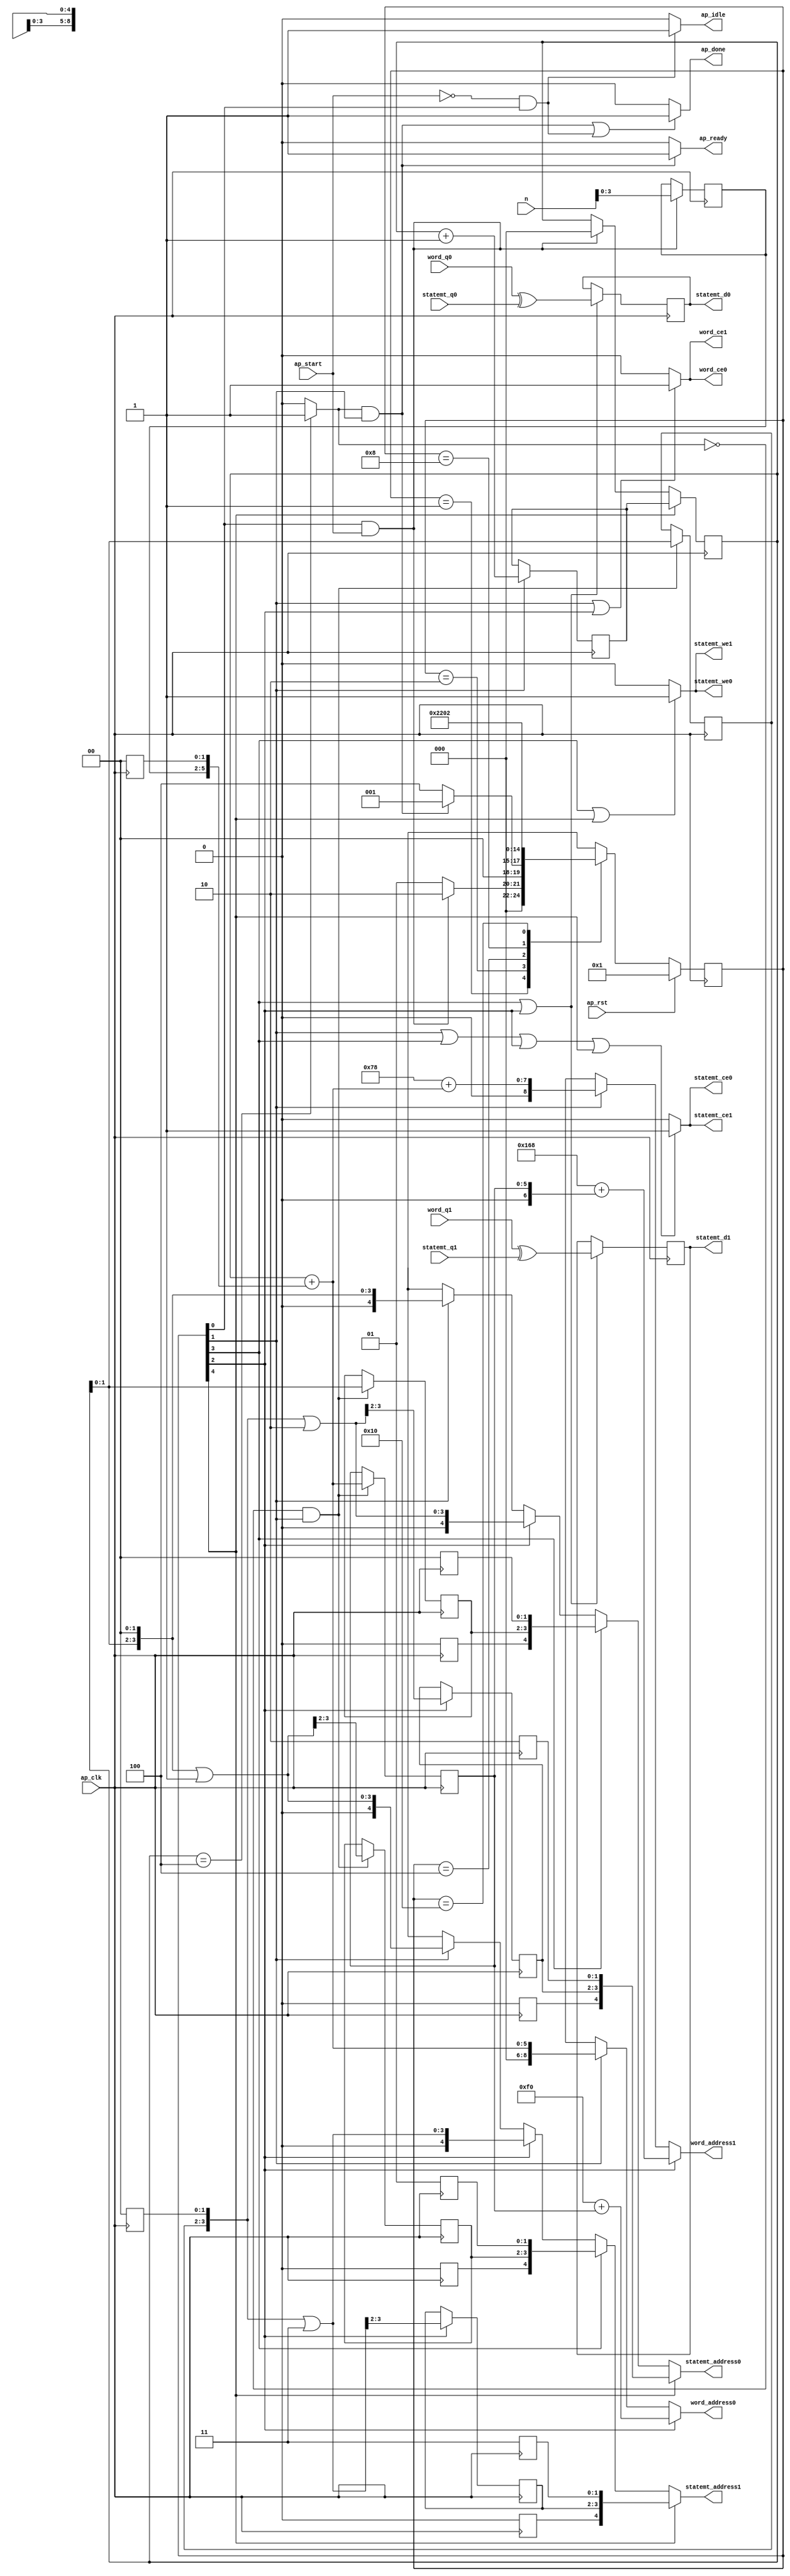
// ==============================================================
// RTL generated by Vivado(TM) HLS - High-Level Synthesis from C, C++ and SystemC
// Version: 2018.3
// Copyright (C) 1986-2018 Xilinx, Inc. All Rights Reserved.
// 
// ===========================================================

`timescale 1 ns / 1 ps 

module AddRoundKey (
        ap_clk,
        ap_rst,
        ap_start,
        ap_done,
        ap_idle,
        ap_ready,
        statemt_address0,
        statemt_ce0,
        statemt_we0,
        statemt_d0,
        statemt_q0,
        statemt_address1,
        statemt_ce1,
        statemt_we1,
        statemt_d1,
        statemt_q1,
        n,
        word_address0,
        word_ce0,
        word_q0,
        word_address1,
        word_ce1,
        word_q1
);

parameter    ap_ST_fsm_state1 = 5'd1;
parameter    ap_ST_fsm_state2 = 5'd2;
parameter    ap_ST_fsm_state3 = 5'd4;
parameter    ap_ST_fsm_state4 = 5'd8;
parameter    ap_ST_fsm_state5 = 5'd16;

input   ap_clk;
input   ap_rst;
input   ap_start;
output   ap_done;
output   ap_idle;
output   ap_ready;
output  [4:0] statemt_address0;
output   statemt_ce0;
output   statemt_we0;
output  [31:0] statemt_d0;
input  [31:0] statemt_q0;
output  [4:0] statemt_address1;
output   statemt_ce1;
output   statemt_we1;
output  [31:0] statemt_d1;
input  [31:0] statemt_q1;
input  [4:0] n;
output  [8:0] word_address0;
output   word_ce0;
input  [31:0] word_q0;
output  [8:0] word_address1;
output   word_ce1;
input  [31:0] word_q1;

reg ap_done;
reg ap_idle;
reg ap_ready;
reg[4:0] statemt_address0;
reg statemt_ce0;
reg statemt_we0;
reg[4:0] statemt_address1;
reg statemt_ce1;
reg statemt_we1;
reg[8:0] word_address0;
reg word_ce0;
reg[8:0] word_address1;
reg word_ce1;

(* fsm_encoding = "none" *) reg   [4:0] ap_CS_fsm;
wire    ap_CS_fsm_state1;
wire   [31:0] grp_fu_137_p2;
reg   [31:0] reg_149;
wire    ap_CS_fsm_state3;
wire    ap_CS_fsm_state4;
wire   [31:0] grp_fu_143_p2;
reg   [31:0] reg_154;
wire   [5:0] tmp_fu_163_p3;
reg   [5:0] tmp_reg_285;
wire   [2:0] j_4_fu_181_p2;
reg   [2:0] j_4_reg_293;
wire    ap_CS_fsm_state2;
wire   [5:0] tmp_s_fu_187_p2;
reg   [5:0] tmp_s_reg_298;
wire   [0:0] exitcond_fu_175_p2;
wire   [3:0] tmp_104_fu_216_p3;
reg   [3:0] tmp_104_reg_313;
reg   [4:0] statemt_addr_reg_319;
reg   [4:0] statemt_addr_28_reg_324;
reg   [4:0] statemt_addr_29_reg_339;
reg   [4:0] statemt_addr_30_reg_344;
reg   [2:0] j_reg_126;
wire    ap_CS_fsm_state5;
wire   [63:0] tmp_101_fu_192_p1;
wire   [63:0] tmp_100_cast_fu_207_p1;
wire   [63:0] tmp_105_fu_224_p1;
wire   [63:0] tmp_108_fu_235_p1;
wire   [63:0] tmp_102_cast_fu_249_p1;
wire   [63:0] tmp_103_cast_fu_260_p1;
wire   [63:0] tmp_111_fu_270_p1;
wire   [63:0] tmp_114_fu_280_p1;
wire   [3:0] tmp_96_fu_159_p1;
wire   [5:0] j_cast1_fu_171_p1;
wire   [7:0] tmp_101_cast_fu_197_p1;
wire   [7:0] tmp_100_fu_201_p2;
wire   [1:0] tmp_97_fu_212_p1;
wire   [3:0] tmp_107_fu_229_p2;
wire   [8:0] tmp_101_cast1_fu_240_p1;
wire   [8:0] tmp_102_fu_243_p2;
wire   [8:0] tmp_103_fu_254_p2;
wire   [3:0] tmp_110_fu_265_p2;
wire   [3:0] tmp_113_fu_275_p2;
reg   [4:0] ap_NS_fsm;

// power-on initialization
initial begin
#0 ap_CS_fsm = 5'd1;
end

always @ (posedge ap_clk) begin
    if (ap_rst == 1'b1) begin
        ap_CS_fsm <= ap_ST_fsm_state1;
    end else begin
        ap_CS_fsm <= ap_NS_fsm;
    end
end

always @ (posedge ap_clk) begin
    if ((1'b1 == ap_CS_fsm_state5)) begin
        j_reg_126 <= j_4_reg_293;
    end else if (((1'b1 == ap_CS_fsm_state1) & (ap_start == 1'b1))) begin
        j_reg_126 <= 3'd0;
    end
end

always @ (posedge ap_clk) begin
    if ((1'b1 == ap_CS_fsm_state2)) begin
        j_4_reg_293 <= j_4_fu_181_p2;
    end
end

always @ (posedge ap_clk) begin
    if (((1'b1 == ap_CS_fsm_state4) | (1'b1 == ap_CS_fsm_state3))) begin
        reg_149 <= grp_fu_137_p2;
        reg_154 <= grp_fu_143_p2;
    end
end

always @ (posedge ap_clk) begin
    if (((exitcond_fu_175_p2 == 1'd0) & (1'b1 == ap_CS_fsm_state2))) begin
        statemt_addr_28_reg_324[3 : 2] <= tmp_108_fu_235_p1[3 : 2];
        statemt_addr_reg_319[3 : 2] <= tmp_105_fu_224_p1[3 : 2];
        tmp_104_reg_313[3 : 2] <= tmp_104_fu_216_p3[3 : 2];
        tmp_s_reg_298 <= tmp_s_fu_187_p2;
    end
end

always @ (posedge ap_clk) begin
    if ((1'b1 == ap_CS_fsm_state3)) begin
        statemt_addr_29_reg_339[3 : 2] <= tmp_111_fu_270_p1[3 : 2];
        statemt_addr_30_reg_344[3 : 2] <= tmp_114_fu_280_p1[3 : 2];
    end
end

always @ (posedge ap_clk) begin
    if (((1'b1 == ap_CS_fsm_state1) & (ap_start == 1'b1))) begin
        tmp_reg_285[5 : 2] <= tmp_fu_163_p3[5 : 2];
    end
end

always @ (*) begin
    if ((((exitcond_fu_175_p2 == 1'd1) & (1'b1 == ap_CS_fsm_state2)) | ((ap_start == 1'b0) & (1'b1 == ap_CS_fsm_state1)))) begin
        ap_done = 1'b1;
    end else begin
        ap_done = 1'b0;
    end
end

always @ (*) begin
    if (((ap_start == 1'b0) & (1'b1 == ap_CS_fsm_state1))) begin
        ap_idle = 1'b1;
    end else begin
        ap_idle = 1'b0;
    end
end

always @ (*) begin
    if (((exitcond_fu_175_p2 == 1'd1) & (1'b1 == ap_CS_fsm_state2))) begin
        ap_ready = 1'b1;
    end else begin
        ap_ready = 1'b0;
    end
end

always @ (*) begin
    if ((1'b1 == ap_CS_fsm_state5)) begin
        statemt_address0 = statemt_addr_29_reg_339;
    end else if ((1'b1 == ap_CS_fsm_state4)) begin
        statemt_address0 = statemt_addr_reg_319;
    end else if ((1'b1 == ap_CS_fsm_state3)) begin
        statemt_address0 = tmp_111_fu_270_p1;
    end else if ((1'b1 == ap_CS_fsm_state2)) begin
        statemt_address0 = tmp_105_fu_224_p1;
    end else begin
        statemt_address0 = 'bx;
    end
end

always @ (*) begin
    if ((1'b1 == ap_CS_fsm_state5)) begin
        statemt_address1 = statemt_addr_30_reg_344;
    end else if ((1'b1 == ap_CS_fsm_state4)) begin
        statemt_address1 = statemt_addr_28_reg_324;
    end else if ((1'b1 == ap_CS_fsm_state3)) begin
        statemt_address1 = tmp_114_fu_280_p1;
    end else if ((1'b1 == ap_CS_fsm_state2)) begin
        statemt_address1 = tmp_108_fu_235_p1;
    end else begin
        statemt_address1 = 'bx;
    end
end

always @ (*) begin
    if (((1'b1 == ap_CS_fsm_state2) | (1'b1 == ap_CS_fsm_state4) | (1'b1 == ap_CS_fsm_state3) | (1'b1 == ap_CS_fsm_state5))) begin
        statemt_ce0 = 1'b1;
    end else begin
        statemt_ce0 = 1'b0;
    end
end

always @ (*) begin
    if (((1'b1 == ap_CS_fsm_state2) | (1'b1 == ap_CS_fsm_state4) | (1'b1 == ap_CS_fsm_state3) | (1'b1 == ap_CS_fsm_state5))) begin
        statemt_ce1 = 1'b1;
    end else begin
        statemt_ce1 = 1'b0;
    end
end

always @ (*) begin
    if (((1'b1 == ap_CS_fsm_state4) | (1'b1 == ap_CS_fsm_state5))) begin
        statemt_we0 = 1'b1;
    end else begin
        statemt_we0 = 1'b0;
    end
end

always @ (*) begin
    if (((1'b1 == ap_CS_fsm_state4) | (1'b1 == ap_CS_fsm_state5))) begin
        statemt_we1 = 1'b1;
    end else begin
        statemt_we1 = 1'b0;
    end
end

always @ (*) begin
    if ((1'b1 == ap_CS_fsm_state3)) begin
        word_address0 = tmp_102_cast_fu_249_p1;
    end else if ((1'b1 == ap_CS_fsm_state2)) begin
        word_address0 = tmp_101_fu_192_p1;
    end else begin
        word_address0 = 'bx;
    end
end

always @ (*) begin
    if ((1'b1 == ap_CS_fsm_state3)) begin
        word_address1 = tmp_103_cast_fu_260_p1;
    end else if ((1'b1 == ap_CS_fsm_state2)) begin
        word_address1 = tmp_100_cast_fu_207_p1;
    end else begin
        word_address1 = 'bx;
    end
end

always @ (*) begin
    if (((1'b1 == ap_CS_fsm_state2) | (1'b1 == ap_CS_fsm_state3))) begin
        word_ce0 = 1'b1;
    end else begin
        word_ce0 = 1'b0;
    end
end

always @ (*) begin
    if (((1'b1 == ap_CS_fsm_state2) | (1'b1 == ap_CS_fsm_state3))) begin
        word_ce1 = 1'b1;
    end else begin
        word_ce1 = 1'b0;
    end
end

always @ (*) begin
    case (ap_CS_fsm)
        ap_ST_fsm_state1 : begin
            if (((1'b1 == ap_CS_fsm_state1) & (ap_start == 1'b1))) begin
                ap_NS_fsm = ap_ST_fsm_state2;
            end else begin
                ap_NS_fsm = ap_ST_fsm_state1;
            end
        end
        ap_ST_fsm_state2 : begin
            if (((exitcond_fu_175_p2 == 1'd1) & (1'b1 == ap_CS_fsm_state2))) begin
                ap_NS_fsm = ap_ST_fsm_state1;
            end else begin
                ap_NS_fsm = ap_ST_fsm_state3;
            end
        end
        ap_ST_fsm_state3 : begin
            ap_NS_fsm = ap_ST_fsm_state4;
        end
        ap_ST_fsm_state4 : begin
            ap_NS_fsm = ap_ST_fsm_state5;
        end
        ap_ST_fsm_state5 : begin
            ap_NS_fsm = ap_ST_fsm_state2;
        end
        default : begin
            ap_NS_fsm = 'bx;
        end
    endcase
end

assign ap_CS_fsm_state1 = ap_CS_fsm[32'd0];

assign ap_CS_fsm_state2 = ap_CS_fsm[32'd1];

assign ap_CS_fsm_state3 = ap_CS_fsm[32'd2];

assign ap_CS_fsm_state4 = ap_CS_fsm[32'd3];

assign ap_CS_fsm_state5 = ap_CS_fsm[32'd4];

assign exitcond_fu_175_p2 = ((j_reg_126 == 3'd4) ? 1'b1 : 1'b0);

assign grp_fu_137_p2 = (word_q0 ^ statemt_q0);

assign grp_fu_143_p2 = (word_q1 ^ statemt_q1);

assign j_4_fu_181_p2 = (j_reg_126 + 3'd1);

assign j_cast1_fu_171_p1 = j_reg_126;

assign statemt_d0 = reg_149;

assign statemt_d1 = reg_154;

assign tmp_100_cast_fu_207_p1 = tmp_100_fu_201_p2;

assign tmp_100_fu_201_p2 = (8'd120 + tmp_101_cast_fu_197_p1);

assign tmp_101_cast1_fu_240_p1 = tmp_s_reg_298;

assign tmp_101_cast_fu_197_p1 = tmp_s_fu_187_p2;

assign tmp_101_fu_192_p1 = tmp_s_fu_187_p2;

assign tmp_102_cast_fu_249_p1 = tmp_102_fu_243_p2;

assign tmp_102_fu_243_p2 = (9'd240 + tmp_101_cast1_fu_240_p1);

assign tmp_103_cast_fu_260_p1 = tmp_103_fu_254_p2;

assign tmp_103_fu_254_p2 = ($signed(9'd360) + $signed(tmp_101_cast1_fu_240_p1));

assign tmp_104_fu_216_p3 = {{tmp_97_fu_212_p1}, {2'd0}};

assign tmp_105_fu_224_p1 = tmp_104_fu_216_p3;

assign tmp_107_fu_229_p2 = (tmp_104_fu_216_p3 | 4'd1);

assign tmp_108_fu_235_p1 = tmp_107_fu_229_p2;

assign tmp_110_fu_265_p2 = (tmp_104_reg_313 | 4'd2);

assign tmp_111_fu_270_p1 = tmp_110_fu_265_p2;

assign tmp_113_fu_275_p2 = (tmp_104_reg_313 | 4'd3);

assign tmp_114_fu_280_p1 = tmp_113_fu_275_p2;

assign tmp_96_fu_159_p1 = n[3:0];

assign tmp_97_fu_212_p1 = j_reg_126[1:0];

assign tmp_fu_163_p3 = {{tmp_96_fu_159_p1}, {2'd0}};

assign tmp_s_fu_187_p2 = (j_cast1_fu_171_p1 + tmp_reg_285);

always @ (posedge ap_clk) begin
    tmp_reg_285[1:0] <= 2'b00;
    tmp_104_reg_313[1:0] <= 2'b00;
    statemt_addr_reg_319[1:0] <= 2'b00;
    statemt_addr_reg_319[4] <= 1'b0;
    statemt_addr_28_reg_324[1:0] <= 2'b01;
    statemt_addr_28_reg_324[4] <= 1'b0;
    statemt_addr_29_reg_339[1:0] <= 2'b10;
    statemt_addr_29_reg_339[4] <= 1'b0;
    statemt_addr_30_reg_344[1:0] <= 2'b11;
    statemt_addr_30_reg_344[4] <= 1'b0;
end

endmodule //AddRoundKey